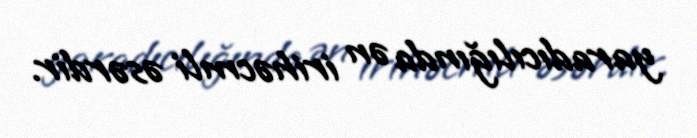
yaradıcılığında ən irihəcmli əsərdir.